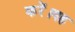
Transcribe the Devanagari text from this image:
करें।यह